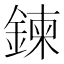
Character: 鍊